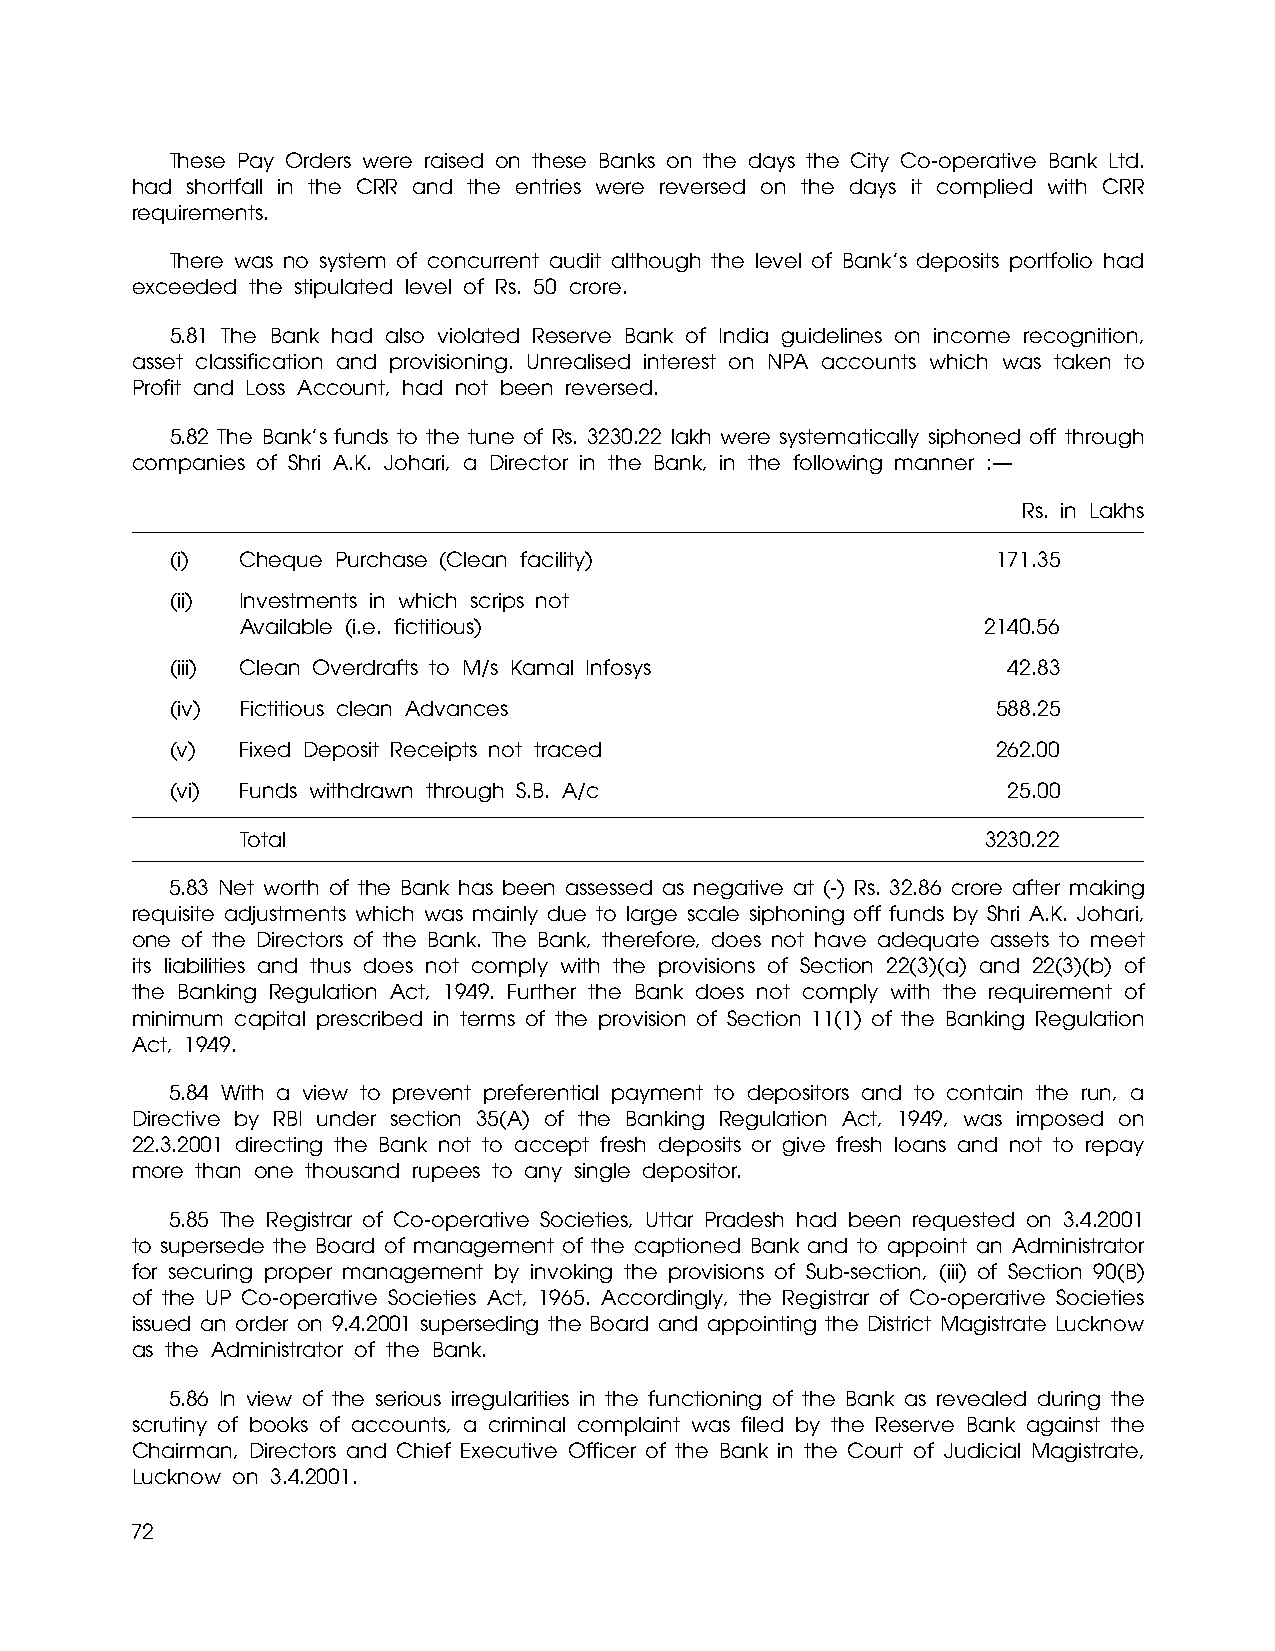
These Pay Orders were raised on these Banks on the days the City Co-operative Bank Ltd.
 had shortfall in the CRR and the entries were reversed on the days it complied with CRR
 requirements.
 There was no system of concurrent audit although the level of Bank’s deposits portfolio had
 exceeded the stipulated level of Rs. 50 crore.
 5.81 The Bank had also violated Reserve Bank of India guidelines on income recognition,
 asset classification and provisioning. Unrealised interest on NPA accounts which was taken to
 Profit and Loss Account, had not been reversed.
 5.82 The Bank’s funds to the tune of Rs. 3230.22 lakh were systematically siphoned off through
 companies of Shri A.K. Johari, a Director in the Bank, in the following manner :—
 Rs. in Lakhs
 (i)  Cheque Purchase (Clean facility)                  171.35
 (ii) Investments in which scrips not
 Available (i.e. fictitious)                      2140.56
 (iii) Clean Overdrafts to M/s Kamal Infosys             42.83
 (iv) Fictitious clean Advances                         588.25
 (v)  Fixed Deposit Receipts not traced                 262.00
 (vi) Funds withdrawn through S.B. A/c                   25.00
 Total                                            3230.22
 5.83 Net worth of the Bank has been assessed as negative at (-) Rs. 32.86 crore after making
 requisite adjustments which was mainly due to large scale siphoning off funds by Shri A.K. Johari,
 one of the Directors of the Bank. The Bank, therefore, does not have adequate assets to meet
 its liabilities and thus does not comply with the provisions of Section 22(3)(a) and 22(3)(b) of
 the Banking Regulation Act, 1949. Further the Bank does not comply with the requirement of
 minimum capital prescribed in terms of the provision of Section 11(1) of the Banking Regulation
 Act, 1949.
 5.84 With a view to prevent preferential payment to depositors and to contain the run, a
 Directive by RBI under section 35(A) of the Banking Regulation Act, 1949, was imposed on
 22.3.2001 directing the Bank not to accept fresh deposits or give fresh loans and not to repay
 more than one thousand rupees to any single depositor.
 5.85 The Registrar of Co-operative Societies, Uttar Pradesh had been requested on 3.4.2001
 to supersede the Board of management of the captioned Bank and to appoint an Administrator
 for securing proper management by invoking the provisions of Sub-section, (iii) of Section 90(B)
 of the UP Co-operative Societies Act, 1965. Accordingly, the Registrar of Co-operative Societies
 issued an order on 9.4.2001 superseding the Board and appointing the District Magistrate Lucknow
 as the Administrator of the Bank.
 5.86 In view of the serious irregularities in the functioning of the Bank as revealed during the
 scrutiny of books of accounts, a criminal complaint was filed by the Reserve Bank against the
 Chairman, Directors and Chief Executive Officer of the Bank in the Court of Judicial Magistrate,
 Lucknow on 3.4.2001.
 72